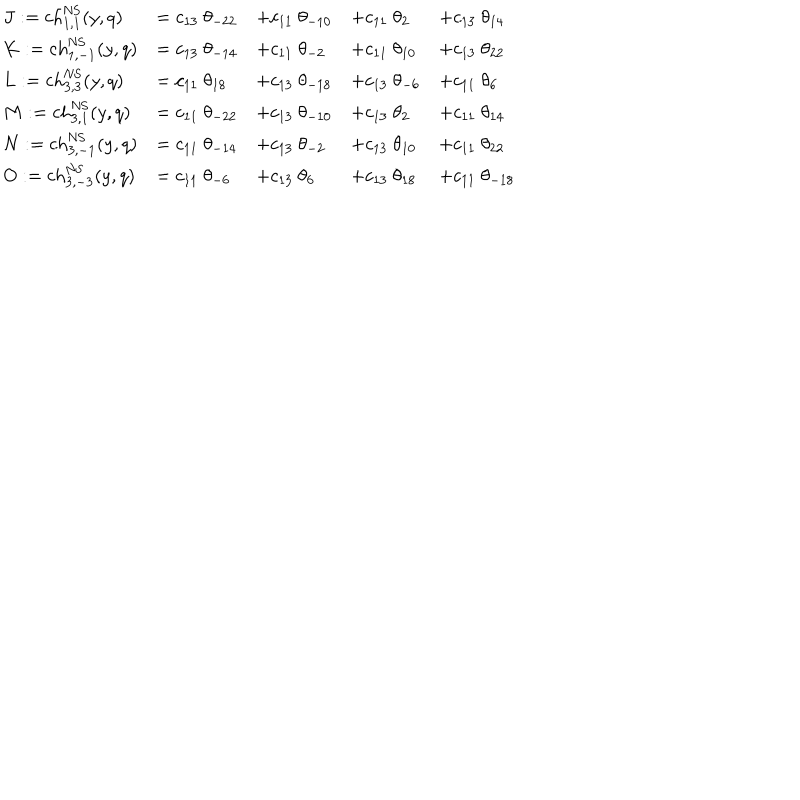
\begin{array} { l l l l l } { { J : = \mathrm { c h } _ { 1 , 1 } ^ { \mathrm { N S } } ( y , q ) } } & { { = c _ { 1 3 } ~ \theta _ { - 2 2 } } } & { { + c _ { 1 1 } ~ \theta _ { - 1 0 } } } & { { + c _ { 1 1 } ~ \theta _ { 2 } } } & { { + c _ { 1 3 } ~ \theta _ { 1 4 } } } \\ { { K : = \mathrm { c h } _ { 1 , - 1 } ^ { \mathrm { N S } } ( y , q ) } } & { { = c _ { 1 3 } ~ \theta _ { - 1 4 } } } & { { + c _ { 1 1 } ~ \theta _ { - 2 } } } & { { + c _ { 1 1 } ~ \theta _ { 1 0 } } } & { { + c _ { 1 3 } ~ \theta _ { 2 2 } } } \\ { { L : = \mathrm { c h } _ { 3 , 3 } ^ { \mathrm { N S } } ( y , q ) } } & { { = c _ { 1 1 } ~ \theta _ { 1 8 } } } & { { + c _ { 1 3 } ~ \theta _ { - 1 8 } } } & { { + c _ { 1 3 } ~ \theta _ { - 6 } } } & { { + c _ { 1 1 } ~ \theta _ { 6 } } } \\ { { M : = \mathrm { c h } _ { 3 , 1 } ^ { \mathrm { N S } } ( y , q ) } } & { { = c _ { 1 1 } ~ \theta _ { - 2 2 } } } & { { + c _ { 1 3 } ~ \theta _ { - 1 0 } } } & { { + c _ { 1 3 } ~ \theta _ { 2 } } } & { { + c _ { 1 1 } ~ \theta _ { 1 4 } } } \\ { { N : = \mathrm { c h } _ { 3 , - 1 } ^ { \mathrm { N S } } ( y , q ) } } & { { = c _ { 1 1 } ~ \theta _ { - 1 4 } } } & { { + c _ { 1 3 } ~ \theta _ { - 2 } } } & { { + c _ { 1 3 } ~ \theta _ { 1 0 } } } & { { + c _ { 1 1 } ~ \theta _ { 2 2 } } } \\ { { O : = \mathrm { c h } _ { 3 , - 3 } ^ { \mathrm { N S } } ( y , q ) } } & { { = c _ { 1 1 } ~ \theta _ { - 6 } } } & { { + c _ { 1 3 } ~ \theta _ { 6 } } } & { { + c _ { 1 3 } ~ \theta _ { 1 8 } } } & { { + c _ { 1 1 } ~ \theta _ { - 1 8 } } } \\ \end{array}